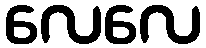
လေလေ